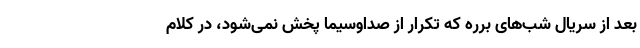
بعد از سریال شب‌های برره که تکرار از صداوسیما پخش نمی‌شود، در کلام